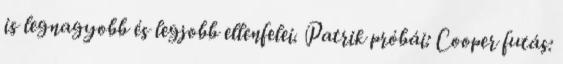
is legnagyobb és legjobb ellenfelei. Patrik próbái: Cooper futás: